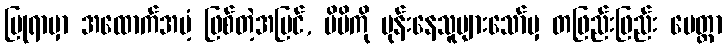
ပြုရာမှာ အထောက်အပံ့ ဖြစ်တဲ့အပြင်, မိမိကို မုန်းနေသူများသော်မှ တဖြည်းဖြည်း မေတ္တာ